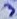
Text: 3